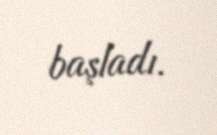
başladı.